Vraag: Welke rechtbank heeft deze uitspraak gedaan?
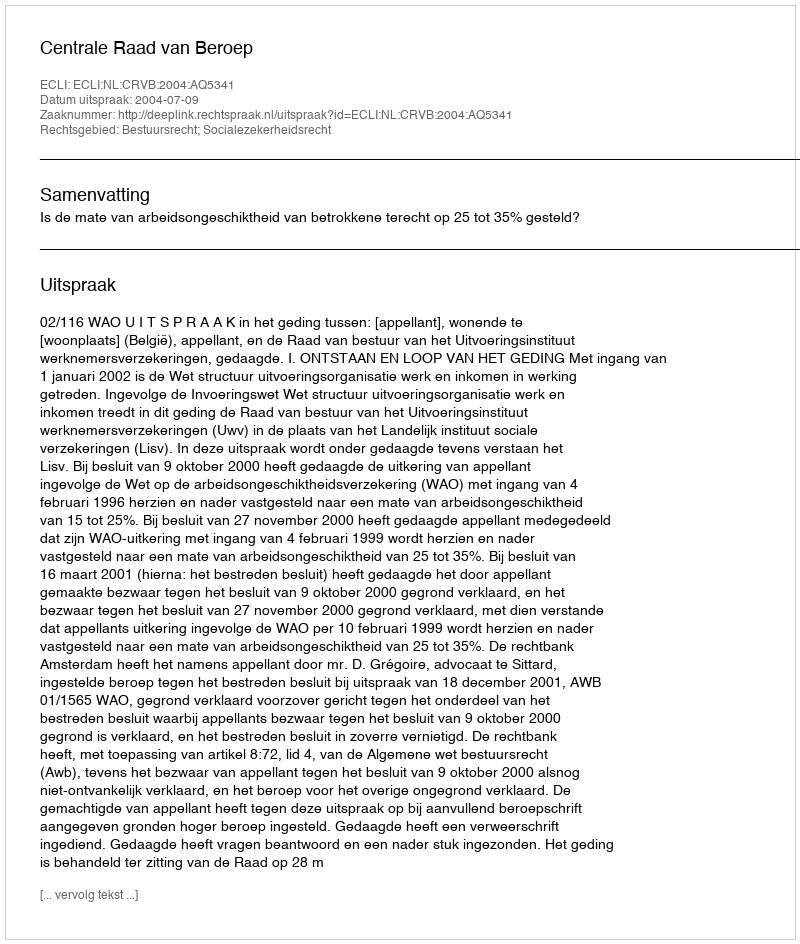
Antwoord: Centrale Raad van Beroep